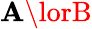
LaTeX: \mathbf{A}\lorB